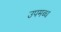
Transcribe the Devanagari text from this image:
उपमब्ध